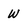
Character: w